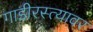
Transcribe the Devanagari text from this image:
गाडीरस्त्यावर